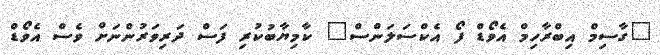
"ގާސިމް އިބްރާހިމް އެވޯޑް ފޯ އެކްސަލަންސް" ކާމިޔާބުކުރި ފަސް ދަރިވަރުންނަށް ވެސް އެވޯޑް